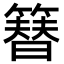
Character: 簮